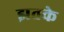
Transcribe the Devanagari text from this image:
झतके